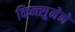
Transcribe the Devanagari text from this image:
किन्त्सुनेने